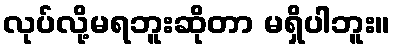
လုပ်လို့မရဘူးဆိုတာ မရှိပါဘူး။